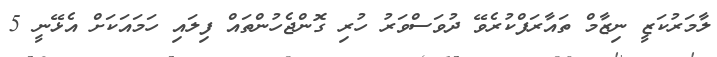
ލާމަރުކަޒީ ނިޒާމް ތައާރަފްކުރެވޭ ދުވަސްވަރު ހުރި ގޮންޖެހުންތައް ފިލައި ހަމައަކަށް އެޅޭނީ 5